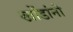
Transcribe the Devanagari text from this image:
खोंडांनी